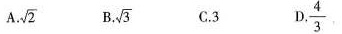
A. \sqrt{2} B. \sqrt{3} C.3 D. \frac{4}{3}